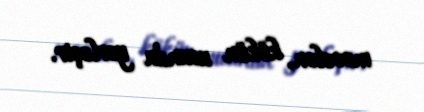
məsələn, kökün ucunda yerləşir.